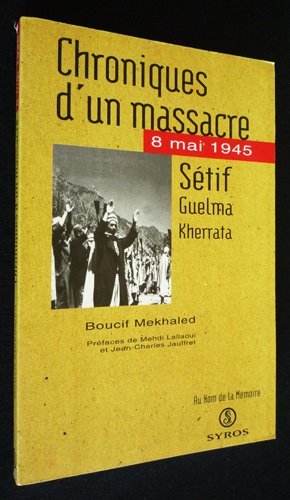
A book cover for Chroniques d'un massacre: 8 mai 1945, Setif, Guelma, Kherrata (Au nom de la memoire) (French Edition); Boucif Mekhaled; History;